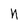
Character: n